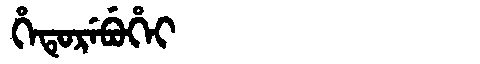
Manchu: ᡥᡝᡨᡠᡵᡝᠪᡠᡥᡝᡳ
Romanization: HETUREBUHEI